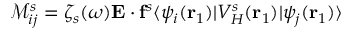
\mathcal { M } _ { i j } ^ { s } = \zeta _ { s } ( \omega ) \mathbf { E } \cdot \mathbf { f } ^ { s } \langle \psi _ { i } ( \mathbf { r } _ { 1 } ) | V _ { H } ^ { s } ( \mathbf { r } _ { 1 } ) | \psi _ { j } ( \mathbf { r } _ { 1 } ) \rangle